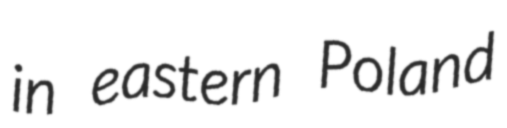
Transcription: in eastern Poland